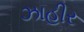
ઝાહીર